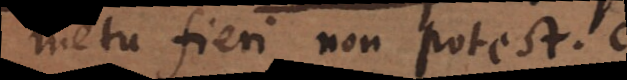
metu [non] fieri non potest.